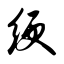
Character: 绠